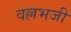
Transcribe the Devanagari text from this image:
वल्लभजी